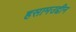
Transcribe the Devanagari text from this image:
हसामउद्दीन